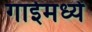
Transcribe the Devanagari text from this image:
गाईमध्यें